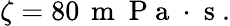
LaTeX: \zeta=80\, \mathrm{~m~}\mathrm{~P~a~}\cdot\mathrm{~s~}.